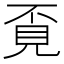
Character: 覔